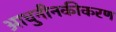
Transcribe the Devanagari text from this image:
आधुनीनकीकरण